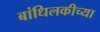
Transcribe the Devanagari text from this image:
बांधिलकीच्या